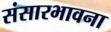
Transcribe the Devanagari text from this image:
संसारभावना